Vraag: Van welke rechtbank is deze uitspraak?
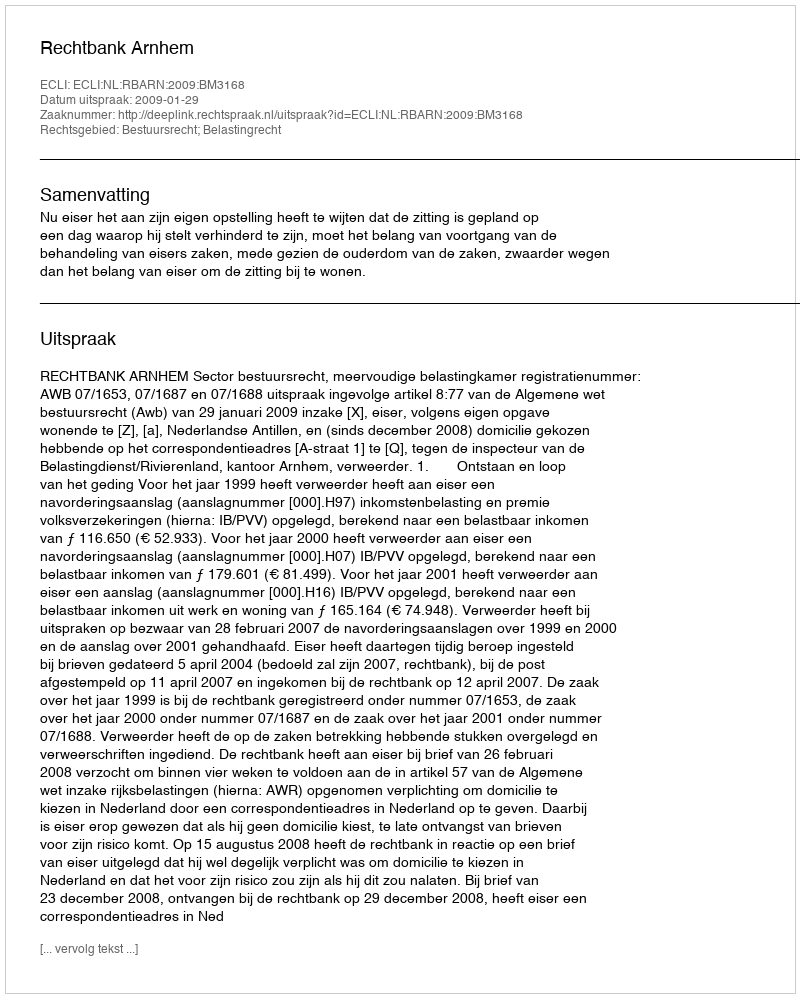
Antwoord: Rechtbank Arnhem